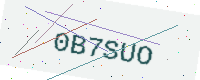
Text: 0B7SUO